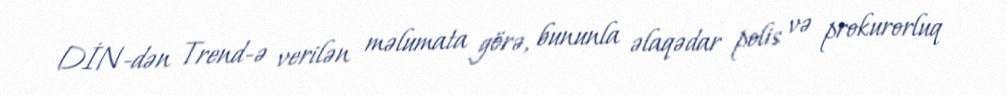
DİN-dən Trend-ə verilən məlumata görə, bununla əlaqədar polis və prokurorluq